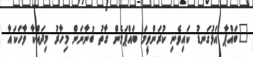
"ބައްޕާ އަޅުގަނޑު ކައިވެނި ކުރަންވީމަ ބައްޕަމެން ގާތު ބުނާނަން މިހާރު މިދައްކާ ވާހަކައާ